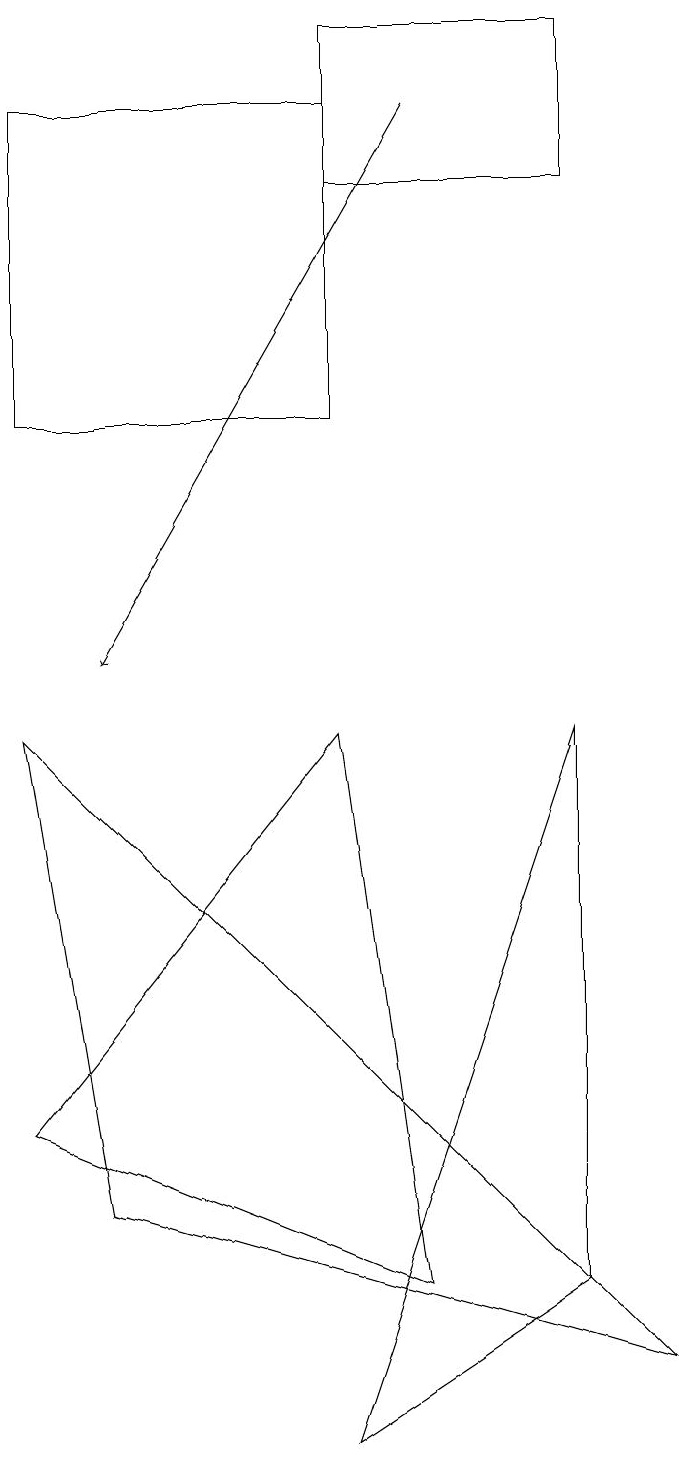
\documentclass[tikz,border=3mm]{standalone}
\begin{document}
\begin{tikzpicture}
\draw (1,17) rectangle (5,13);
\draw[->] (6,17) -- (2,10);
\draw (9,1) -- (2,3) -- (1,9) -- cycle;
\draw (1,4) -- (5,9) -- (6,2) -- cycle;
\draw (8,2) -- (8,9) -- (5,0) -- cycle;
\draw (8,16) rectangle (5,18);
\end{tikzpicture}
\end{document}